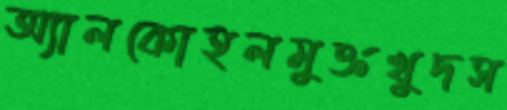
অ্যালকোহলমুক্তখুদস